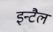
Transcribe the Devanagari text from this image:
इन्टैल